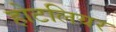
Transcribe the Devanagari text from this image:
होटलियर